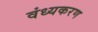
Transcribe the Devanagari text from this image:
वंध्यकरण